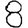
Digit: 8